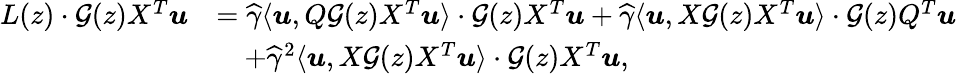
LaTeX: \begin{array}{rl}{L(z)\cdot{\mathcal G}(z)X^{T}{\boldsymbol u}}&{=\widehat\gamma\langle{\boldsymbol u},Q{\mathcal G}(z)X^{T}{\boldsymbol u}\rangle\cdot{\mathcal G}(z)X^{T}{\boldsymbol u}+\widehat\gamma\langle{\boldsymbol u},X{\mathcal G}(z)X^{T}{\boldsymbol u}\rangle\cdot{\mathcal G}(z)Q^{T}{\boldsymbol u}}\\ &{\quad+\widehat\gamma^{2}\langle{\boldsymbol u},X{\mathcal G}(z)X^{T}{\boldsymbol u}\rangle\cdot{\mathcal G}(z)X^{T}{\boldsymbol u},}\end{array}